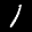
Label: 1